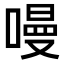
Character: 𠼦